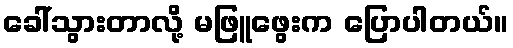
ခေါ်သွားတာလို့ မဖြူဖွေးက ပြောပါတယ်။